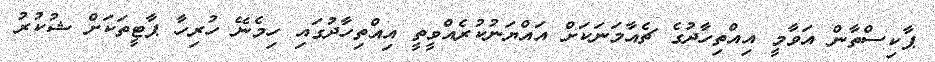
ޕާކިސްތާން އަވާމީ އިއްތިހާދުގެ ޗެއާމަނަކަށް އައްޔަނުކުރެއްވީތީ އިއްތިހާދުގައި ހިމެނޭ ހުރިހާ ޕާޓީތަކަށް ޝުކުރު